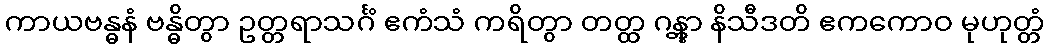
ကာယဗန္ဓနံ ဗန္ဓိတွာ ဥတ္တရာသင်္ဂံ ဧကံသံ ကရိတွာ တတ္ထ ဂန္တွာ နိသီဒတိ ဧကကောဝ မုဟုတ္တံ